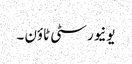
یونیورسٹی ٹاؤن ۔